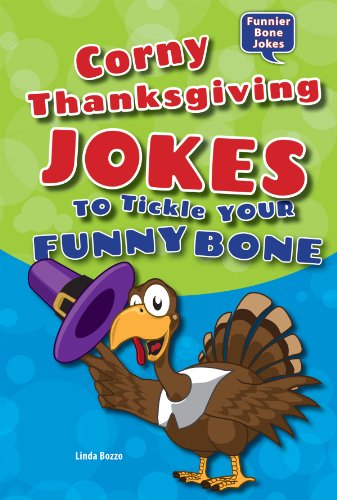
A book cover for Corny Thanksgiving Jokes to Tickle Your Funny Bone (Funnier Bone Jokes); Linda Bozzo; Children's Books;